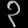
Digit: ၃